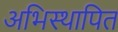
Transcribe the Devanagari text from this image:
अभिस्थापित